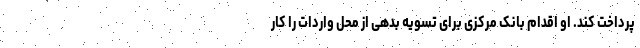
پرداخت کند. او اقدام بانک مرکزی برای تسویه بدهی از محل واردات را کار